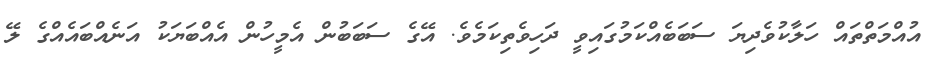
އުއްމަތްތައް ހަލާކުވެދިޔަ ސަބަބެއްކަމުގައިވީ ދަހިވެތިކަމެވެ. އޭގެ ސަބަބުން އެމީހުން އެއްބަޔަކު އަނެއްބައެއްގެ ލޭ